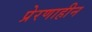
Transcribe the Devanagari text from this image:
प्रेरणाहीन